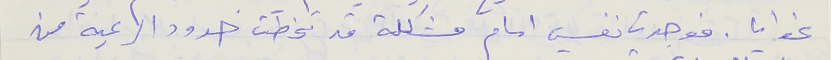
غوايا . فوجدت نفسي امام مشكلة قد تخطت حدود الرعية من